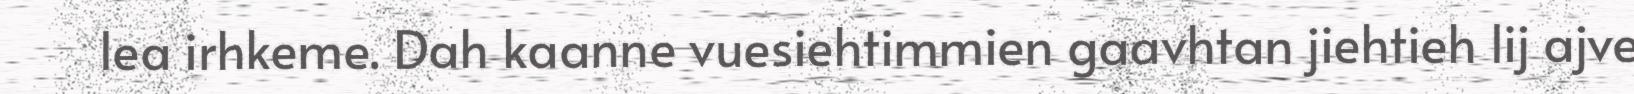
lea irhkeme. Dah kaanne vuesiehtimmien gaavhtan jiehtieh lij ajve